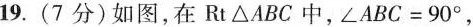
19. (7分) 如图，在Rt\triangle ABC中，$$\angle ABC＝90^{\circ}$$，